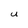
Character: U